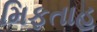
મિફતાહ